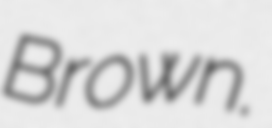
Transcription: Brown.